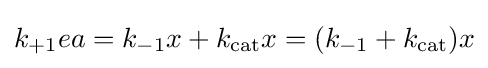
k_{+1}ea=k_{-1}x+k_{\mathrm {cat} }x=(k_{-1}+k_{\mathrm {cat} })x